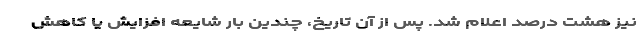
نیز هشت درصد اعلام شد. پس از آن تاریخ، چندین بار شایعه افزایش یا کاهش